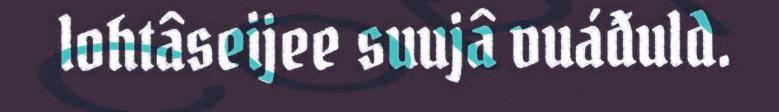
lohtâseijee suujâ vuáđuld.